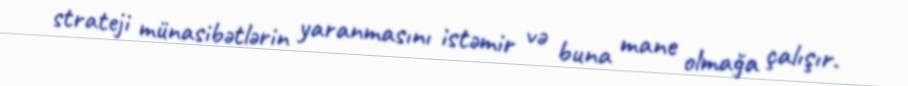
strateji münasibətlərin yaranmasını istəmir və buna mane olmağa çalışır.